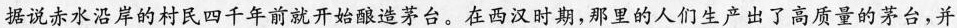
据说赤水沿岸的村民四千年前就开始酿造茅台。在西汉时期，那里的人们生产出了高质量的茅台，并